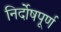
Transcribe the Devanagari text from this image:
निर्दोषपूर्ण